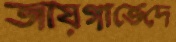
জায়গাভেদে